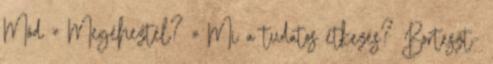
Mód » Megéheztél? » Mi a tudatos étkezés? Borteszt-